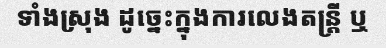
ទាំងស្រុង ដូច្នេះក្នុងការលេងតន្ត្រី ឬ